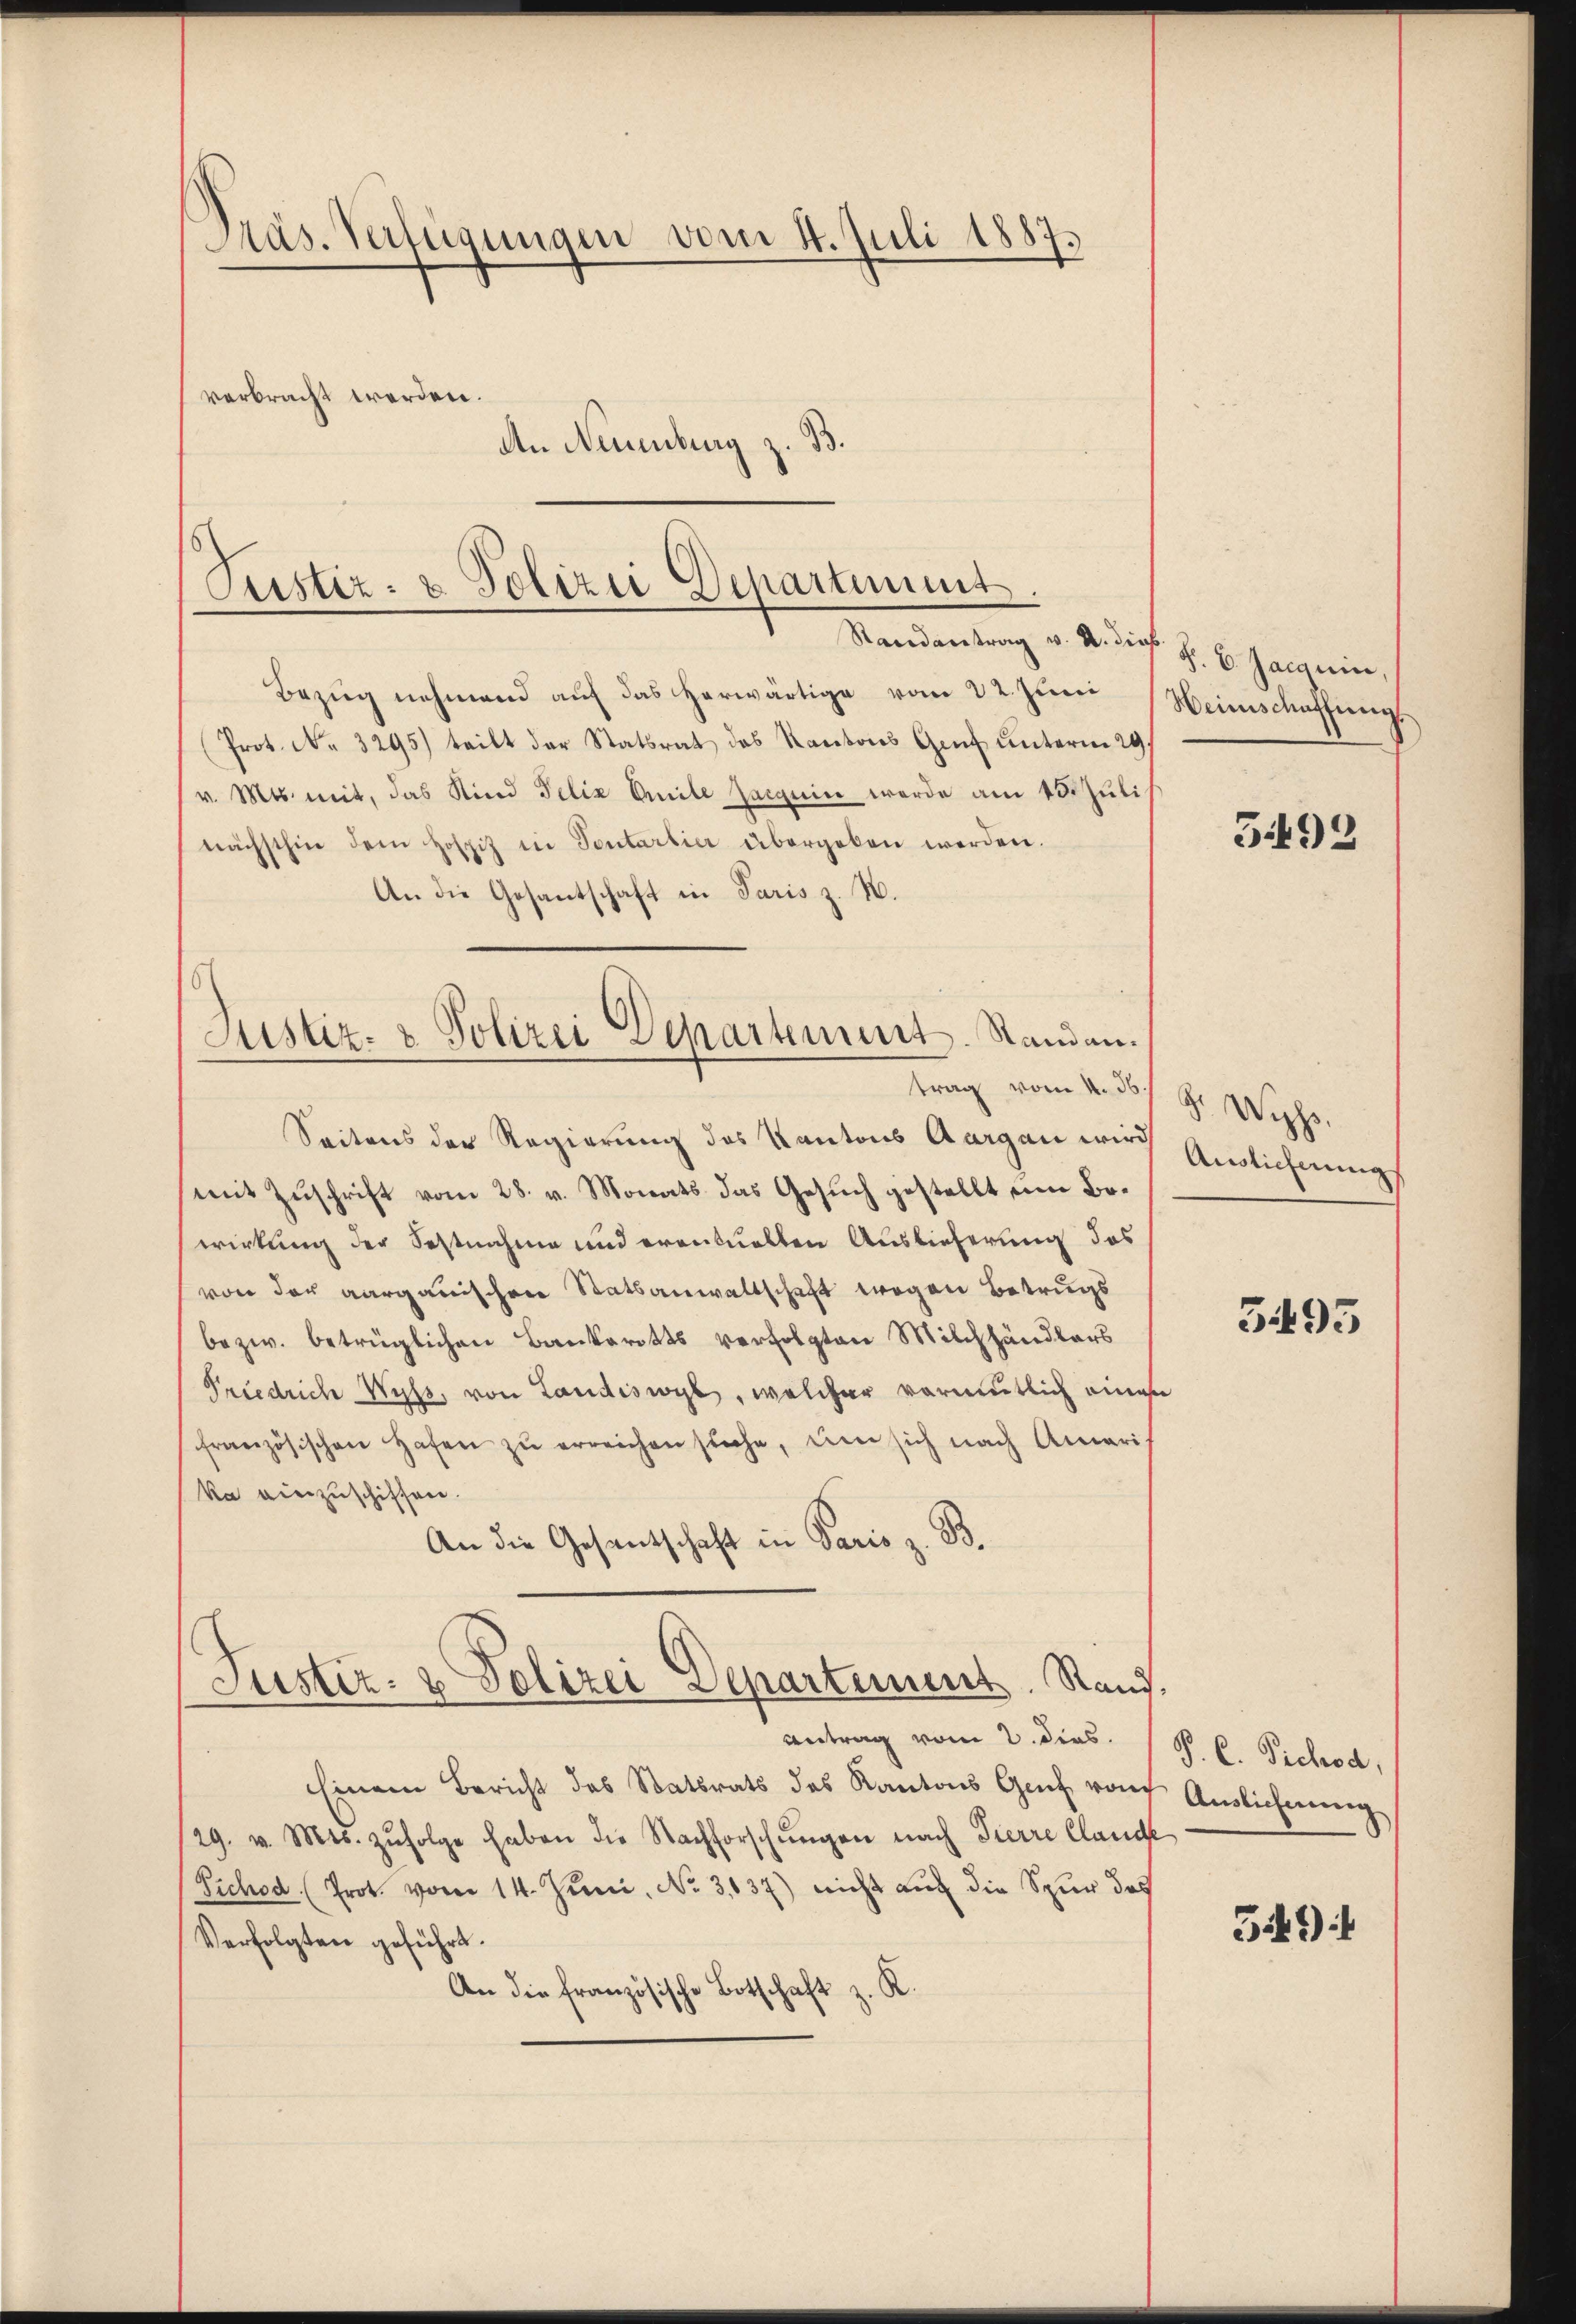
Präs. Verfügungen vom 4. Juli 1887.
verbracht werden.
An Neuenburg z. B.

Pustiz- & Polizei Departiment.
Randantrag v. M. dies

Bezug nehmend auf das herwärtige vom 22. Juni
Prot. N. 3295) teilt der Statsrat des Kantons Genf unterm 29.
v. Mts. mit, das Kind Felix Emile Jacquin werde am 15. Jŭli
nächsthin dem Hofpitz in Sontartier übergeben werden.
An die Gesantschaft in Paris z. B.

Justiz- & Polizei Departement. Standen.
trag vom 4. d.

Seitens der Regierung des Kantons Aargau wird Auslicherung
mit Zuschrift vom 28. v. Monats das Gesuch gestellt eine Bewirkung der Festnahme und eventuellen Auslieferung des
von der aargauischen Statsanwaltschaft wegen Betrugs
bezw. betrüglichen Bankerotts verfolgten Milchhändlers
Friedrich Wyss, von Landiswyl, welcher vormutlich einen
französischen Hafen zŭ erreichen steche, um sich nach Ameri
ka einzuschiffen.
An die Gesantschaft in Paris z. B.

Justiz- & Polizei Departement. Rand,

Antrag vom 2. dies
Einem Bericht des Statsrats des Kantons Genf von Auslichnŭng
29. v. Mts. zŭfolge haben die Nachforschŭngen nach Tierre Claude
Pichod. Prot. vom 14. Juni, No. 3137) nicht auch die Spur das
Verfolgten geführt.
An die französische Botschaft z. K

§. 6. Jacquin,
Weinschaffung.

5492

S. Wirt

3495

P. C. Pichod,

349)